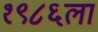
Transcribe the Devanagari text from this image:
१९८६ला